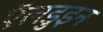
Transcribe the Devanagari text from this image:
ऍलडुइन